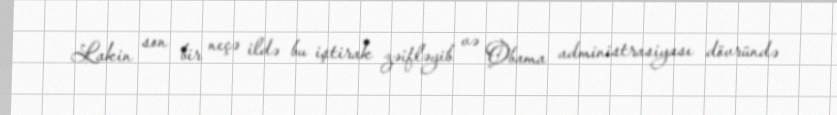
Lakin son bir neçə ildə bu iştirak zəifləyib və Obama administrasiyası dövründə